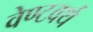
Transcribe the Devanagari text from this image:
वेण्टवर्थ